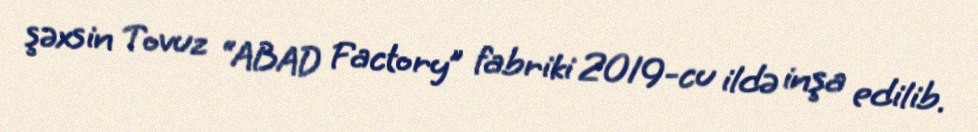
şəxsin Tovuz “ABAD Factory” fabriki 2019-cu ildə inşa edilib.